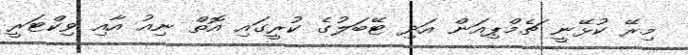
މިރޭ ކުޅޭނީ ޗެމްޕިއަން އަދި ޓޭބަލުގެ ކުރީގައި އޮތް ނިއު އާއި ވިކްޓަރީ